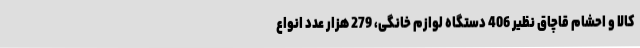
کالا و احشام قاچاق نظیر 406 دستگاه لوازم خانگی، 279 هزار عدد انواع